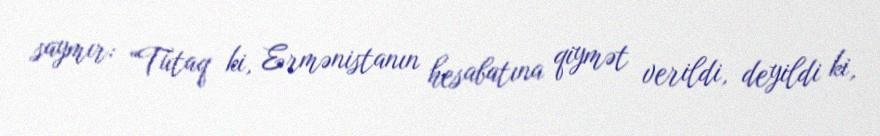
saymır: “Tutaq ki, Ermənistanın hesabatına qiymət verildi, deyildi ki,